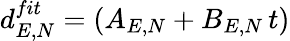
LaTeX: d_{E,N}^{fit}=(A_{E,N}+B_{E,N}\, t)